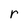
Character: r